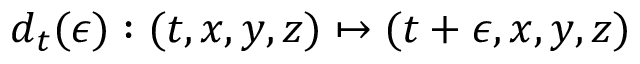
d _ { t } ( \epsilon ) : ( t , x , y , z ) \mapsto ( t + \epsilon , x , y , z )